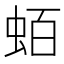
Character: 蛨